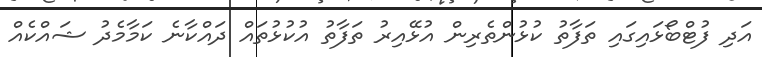
އަދި ފުޓްބޯޅައިގައި ތަފާތު ކުޅުންތެރިން އުޅޭއިރު ތަފާތު އުކުޅުތައް ދައްކާނެ ކަމާމެދު ޝައްކެއް